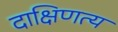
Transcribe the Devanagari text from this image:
दाक्षिणत्य